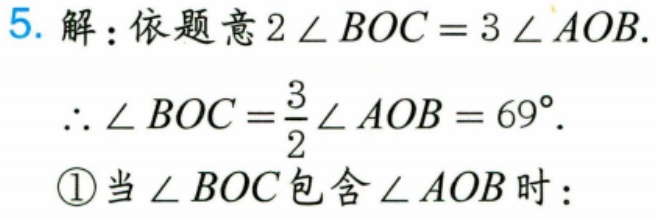
5. 解：依题意$2\angle BOC = 3\angle AOB$.
$\therefore\angle BOC=\frac{3}{2}\angle AOB = 69^{\circ}$.
\textcircled{1}当$\angle BOC$包含$\angle AOB$时：